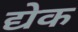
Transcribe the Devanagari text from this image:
द्येक